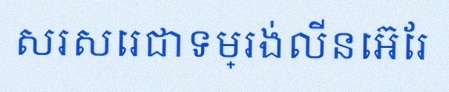
សរសេរជាទម្រង់លីនេអ៊ែរ